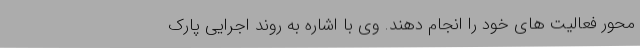
محور فعالیت های خود را انجام دهند. وی با اشاره به روند اجرایی پارک